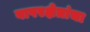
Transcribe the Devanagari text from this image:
वापरक्षेत्रांचा